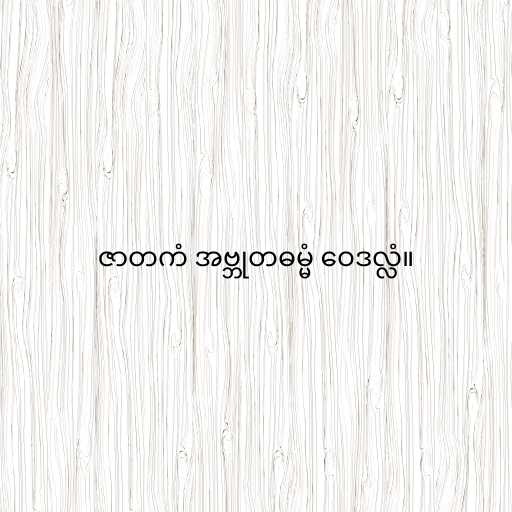
ဇာတကံ အဗ္ဘုတဓမ္မံ ဝေဒလ္လံ။